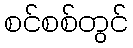
စင်စစ်တွင်